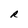
Character: R